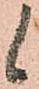
候